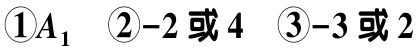
$\textcircled{1}A_{1}$  $\textcircled{2}-2\text{ 或 }4$  $\textcircled{3}-3\text{ 或 }2$